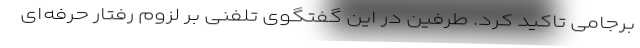
برجامی تاکید کرد. طرفین در این گفتگوی تلفنی بر لزوم رفتار حرفه‌ای